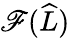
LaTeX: \mathscr{F}(\widehat{{L}})